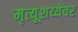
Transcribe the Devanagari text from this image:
मृत्यूशय्येवर